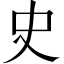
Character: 史